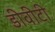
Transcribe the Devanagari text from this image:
डीवीटी